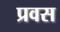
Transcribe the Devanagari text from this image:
प्रवस